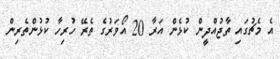
އެ މެޗުގައި ތާޖުއްދީން ކުޅެން އަރާ 20 އޯވަރުގެ ތެރޭ ހުރިހާ ކުޅުންތެރިން